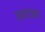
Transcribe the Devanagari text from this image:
रधाऊर